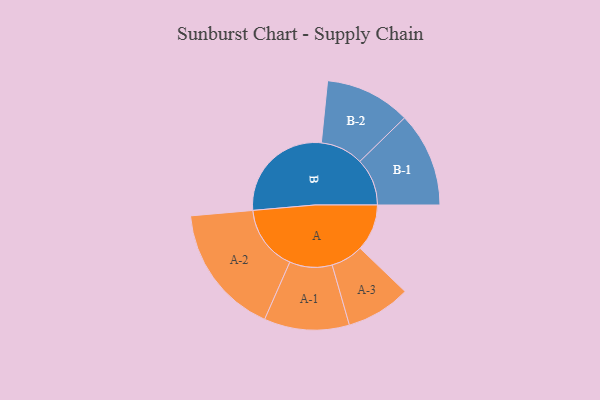
{"axis": {"x": "Segment", "y": "Value"}, "legend": ["", "A", "B"], "data": [{"x": "A", "y": 206, "type": ""}, {"x": "B", "y": 474, "type": ""}, {"x": "A-1", "y": 187, "type": "A"}, {"x": "A-2", "y": 288, "type": "A"}, {"x": "A-3", "y": 142, "type": "A"}, {"x": "B-1", "y": 208, "type": "B"}, {"x": "B-2", "y": 188, "type": "B"}]}